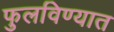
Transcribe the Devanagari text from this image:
फुलविण्यात